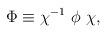
LaTeX: \begin{align*}\Phi \equiv \chi ^{-1}~\phi ~\chi ,\;\end{align*}